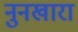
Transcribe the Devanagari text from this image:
नुनखारा